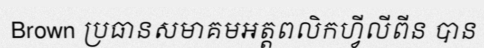
Brown ប្រធានសមាគមអត្តពលិកហ្វីលីពីន បាន